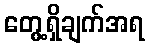
တွေ့ရှိချက်အရ